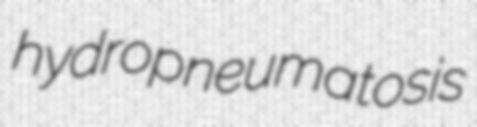
hydropneumatosis